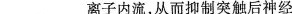
___离子内流，从而抑制突触后神经